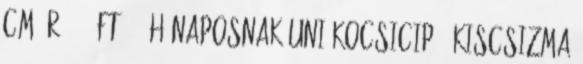
cm Ár: 700 ft 0-3 hónaposnak UNI KOCSICIPŐ, KISCSIZMA